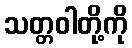
သတ္တဝါတို့ကို